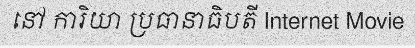
នៅ ការិយា ប្រធានាធិបតី Internet Movie